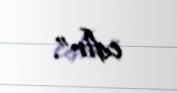
edir”.